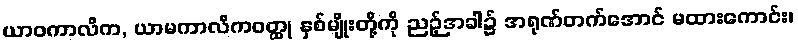
ယာဝကာလိက, ယာမကာလိကဝတ္ထု နှစ်မျိုးတို့ကို ညဉ့်အခါ၌ အရုဏ်တက်အောင် မထားကောင်း၊